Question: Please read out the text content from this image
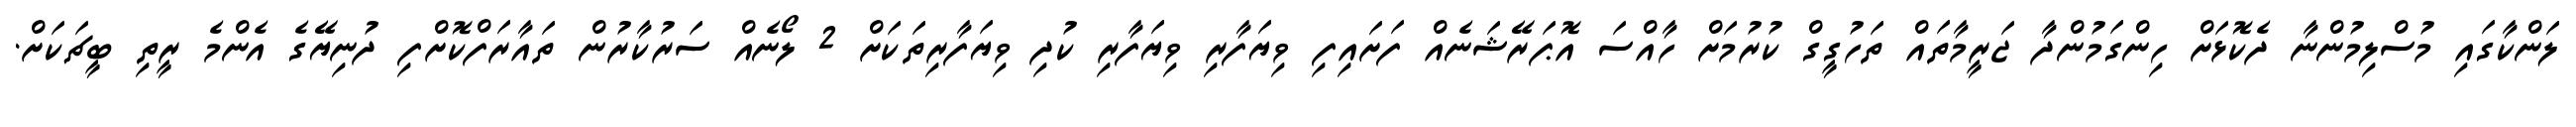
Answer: ލަންކާގައި މުސްލިމުންނާ ދެކޮޅަށް ހިންގަމުންދާ ޖަރީމާތައް ތަހުގީގް ކުރުމަށް ހާއްސަ އޮޕަރޭޝަނެއް ފަށައިފި ވިޔަފާރި ވިޔަފާރި ކުދި ވިޔަފާރިތަކަށް 2 ލޯނެއް ސަރުކާރުން ތައާރަފްކޮށްފި ދުނިޔޭގެ އެންމެ ރީތި ބީޗަކަށް.